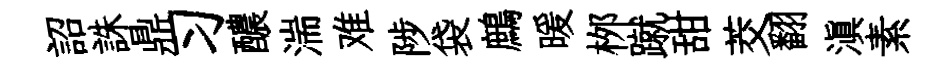
詔誅鼎习醲湍难陟袋鷓暖桞蹴甜茭翻滇素